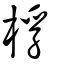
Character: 桴